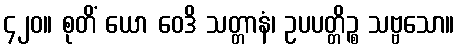
၄၂၀။ စုတိံ ယော ဝေဒိ သတ္တာနံ၊ ဥပပတ္တိဉ္စ သဗ္ဗသော။